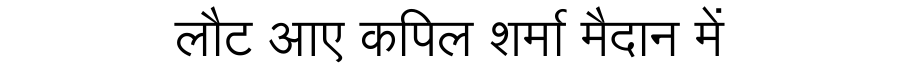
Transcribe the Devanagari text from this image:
लौट आए कपिल शर्मा मैदान में